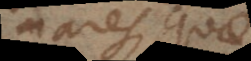
mares, quae